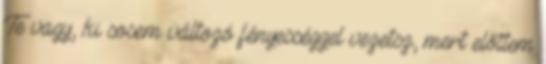
Te vagy, ki sosem változó fényességgel vezetsz, mert előttem